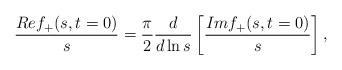
LaTeX: \begin{align*}{Ref_{+}(s,t=0) \over s}= \frac{\pi}{2}\frac{d}{d\ln s}\left[{Im f_{+}(s,t=0) \over s}\right],\end{align*}